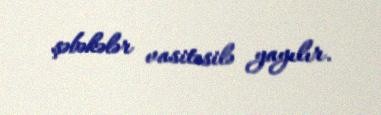
şəbəkələr vasitəsilə yayılır.